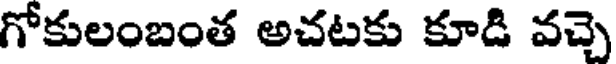
గోకులంబంత అచటకు కూడి వచ్చె